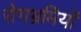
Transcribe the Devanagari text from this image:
रोगभ्रमियों